Indian journal of veterinary science and animal husbandry - Volume 4,
Year: 1934
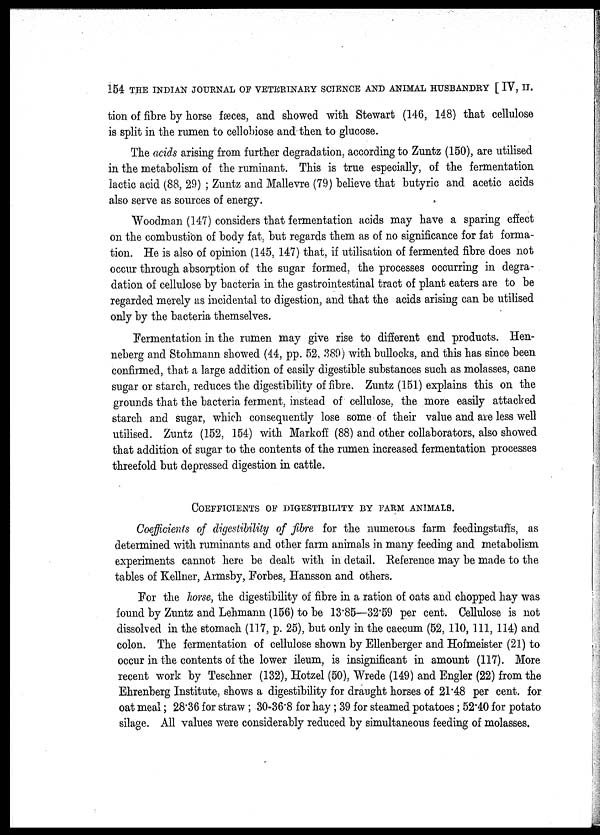
154 THE INDIAN JOURNAL OF VETERINARY SCIENCE AND ANIMAL HUSBANDRY [ IV, II.
tion of fibre by horse fæces, and showed with Stewart (146, 148) that cellulose
is split in the rumen to cellobiose and then to glucose.
The acids arising from further degradation, according to Zuntz (150), are utilised
in the metabolism of the ruminant. This is true especially, of the fermentation
lactic acid (88, 29) ; Zuntz and Mallevre (79) believe that butyric and acetic acids
also serve as sources of energy.
Woodman (147) considers that fermentation acids may have a sparing effect
on the combustion of body fat, but regards them as of no significance for fat forma-
tion. He is also of opinion (145, 147) that, if utilisation of fermented fibre does not
occur through absorption of the sugar formed, the processes occurring in degra-
dation of cellulose by bacteria in the gastrointestinal tract of plant eaters are to be
regarded merely as incidental to digestion, and that the acids arising can be utilised
only by the bacteria themselves.
Fermentation in the rumen may give rise to different end products. Hen-
neberg and Stohmann showed (44, pp. 52, 389) with bullocks, and this has since been
confirmed, that a large addition of easily digestible substances such as molasses, cane
sugar or starch, reduces the digestibility of fibre. Zuntz (151) explains this on the
grounds that the bacteria ferment, instead of cellulose, the more easily attacked
starch and sugar, which consequently lose some of their value and are less well
utilised. Zuntz (152, 154) with Markoff (88) and other collaborators, also showed
that addition of sugar to the contents of the rumen increased fermentation processes
threefold but depressed digestion in cattle.
COEFFICIENTS OF DIGESTIBILITY BY FARM ANIMALS.
Coefficients of digestibility of fibre for the numerous farm feedingstuffs, as
determined with ruminants and other farm animals in many feeding and metabolism
experiments cannot here be dealt with in detail. Reference may be made to the
tables of Kellner, Armsby, Forbes, Hansson and others.
For the horse, the digestibility of fibre in a ration of oats and chopped hay was
found by Zuntz and Lehmann (156) to be 13.85—32.59 per cent. Cellulose is not
dissolved in the stomach (117, p. 25), but only in the caecum (52, 110, 111, 114) and
colon. The fermentation of cellulose shown by Ellenberger and Hofmeister (21) to
occur in the contents of the lower ileum, is insignificant in amount (117). More
recent work by Teschner (132), Hotzel (50), Wrede (149) and Engler (22) from the
Ehrenberg Institute, shows a digestibility for draught horses of 21.48 per cent. for
oat meal ; 28.36 for straw ; 30-36.8 for hay ; 39 for steamed potatoes ; 52.40 for potato
silage. All values were considerably reduced by simultaneous feeding of molasses.